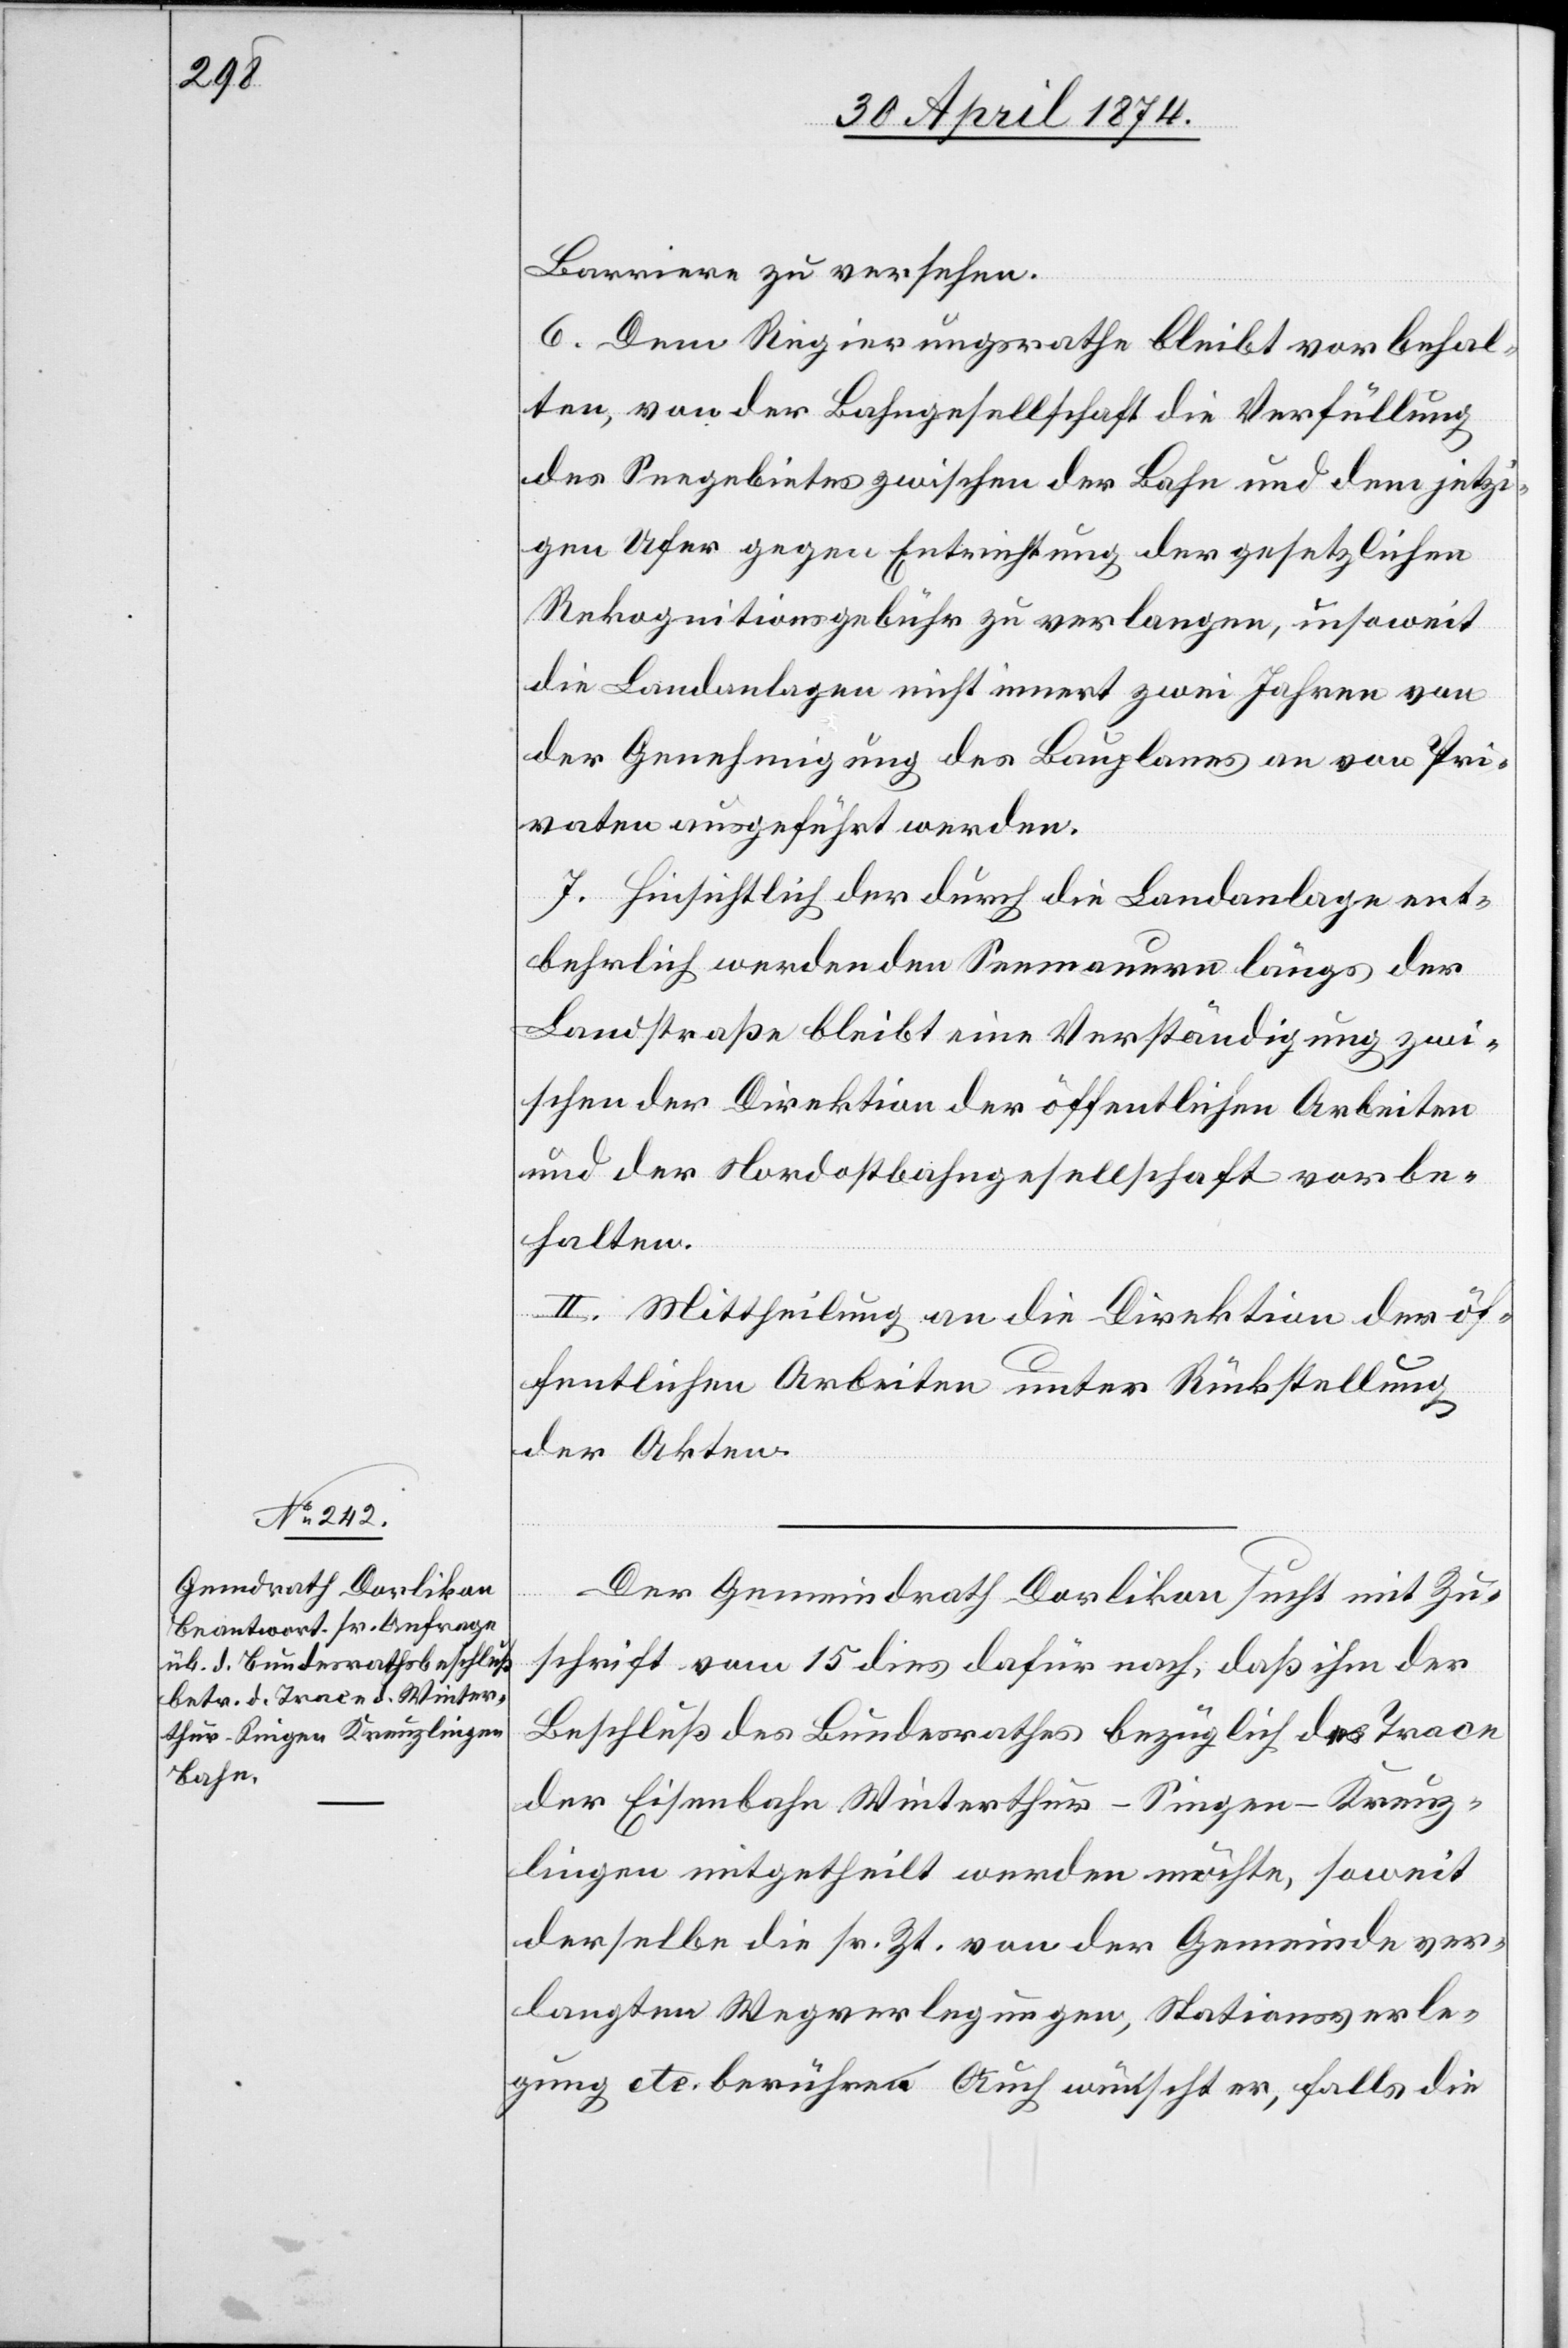
Barriere zu versehen.
6. Dem Regierungsrathe bleibt vorbehal¬
ten, von der Bahngesellschaft die Verfüllung
des Seegebietes zwischen der Bahn und dem jetzi¬
gen Ufergegen Entrichtung der gesetzlichen
Rekognitionsgebühr zu verlangen, insoweit
die Landanlagen nicht innert zwei Jahren von
der Genehmigung des Bauplanes an von Pri¬
vaten ausgeführt werden.
7. Hinsichtlich der durch die Landanlage ent¬
behrlich werdenden Seemauern längs der
Landstraße bleibt eine Verständigung zwi¬
schen der Direktion der öffentlichen Arbeiten
und der Nordostbahngesellschaft vorbe¬
halten.
II. Mittheilung an die Direktion der öf¬
fentlichen Arbeiten unter Rückstellung
der Akten.
Der Gemeindrath Dorlikon sucht mit Zu¬
schrift vom 15. dies dafür nach, daß ihm der
Beschluß des Bundesrathes bezüglich der Trace
der Eisenbahn Winterthur-Singen-Kreuz¬
lingen mitgetheilt werden möchte, soweit
derselbe die sr. Zt. von der Gemeinde ver¬
langten Wegverlegungen, Stationsverle¬
gung etc. berühren[.] Auch wünscht er, falls die